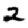
Digit: 2